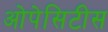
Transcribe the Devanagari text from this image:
ओपेसिटीस